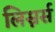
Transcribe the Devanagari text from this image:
लिस्नर्स